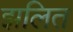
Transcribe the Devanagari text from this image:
झलित